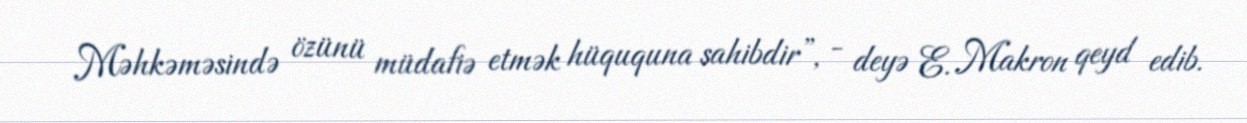
Məhkəməsində özünü müdafiə etmək hüququna sahibdir”, - deyə E. Makron qeyd edib.